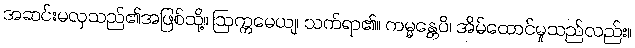
အဆင်းမလှသည်၏အဖြစ်သို့။ ဩက္ကမေယျ၊ သက်ရာ၏။ ကမ္မန္တေပိ၊ အိမ်ထောင်မှုသည်လည်း။